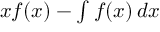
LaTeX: x f ( x ) - \textstyle \int f ( x ) \, d x